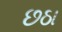
છઠા